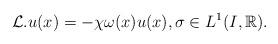
LaTeX: \begin{align*}\mathcal{L}.u(x)= -\chi \omega(x) u(x),\sigma \in L^1(I,\mathbb R).\end{align*}